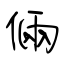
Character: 倆